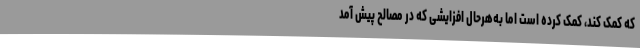
که کمک کند، کمک کرده است اما به‌هرحال افزایشی که در مصالح پیش آمد